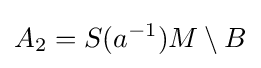
A_{2}=S(a^{-1})M\setminus B